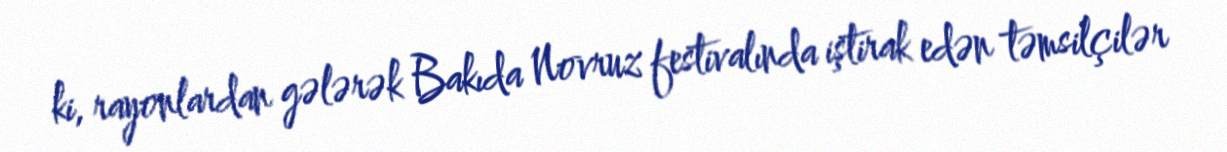
ki, rayonlardan gələrək Bakıda Novruz festivalında iştirak edən təmsilçilər